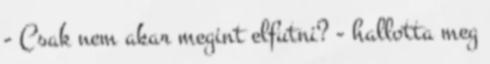
- Csak nem akar megint elfutni? - hallotta meg